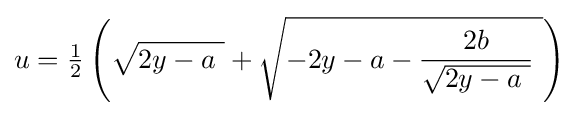
u={\tfrac {1}{2}}\left({\sqrt {2y-a\ }}+{\sqrt {-2y-a-{\frac {2b}{\sqrt {2y-a\ }}}\ }}\right)\